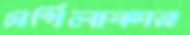
সর্পিলাকার